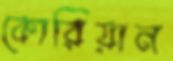
কোরিয়ান